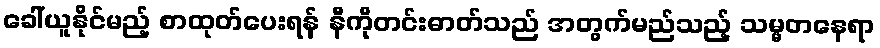
ခေါ်ယူနိုင်မည့် စာထုတ်ပေးရန် နီကိုတင်းဓာတ်သည် အတွက်မည်သည့် သမ္မတနေရာ